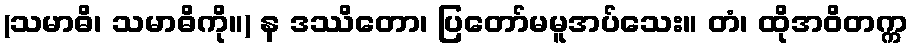
(သမာဓိ၊ သမာဓိကို။) န ဒဿိတော၊ ပြတော်မမူအပ်သေး။ တံ၊ ထိုအဝိတက္က